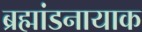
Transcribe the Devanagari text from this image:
ब्रह्मांडनायाक